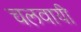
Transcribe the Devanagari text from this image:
चलवायी